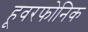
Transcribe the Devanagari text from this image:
हूवरफोनिक